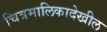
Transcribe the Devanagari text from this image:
चित्रमालिकादेखील